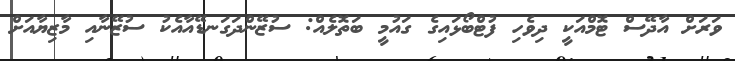
ވަރަށް އާދޭސް ޓޮމްއަކީ ދިވެހި ފުޓްބޯޅައިގެ ގައުމީ ބަތޮލެއް: ސުޒޭންދަގަނޑޭއާއެކު ސުޒޭނާއި މާޒިޔާއަށް